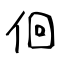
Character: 佪